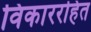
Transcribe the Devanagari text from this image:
विकाररहित